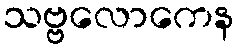
သဗ္ဗလောကေန